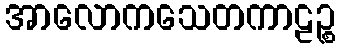
အာလောကသေတကာဠဉ္စ